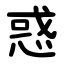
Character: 惑